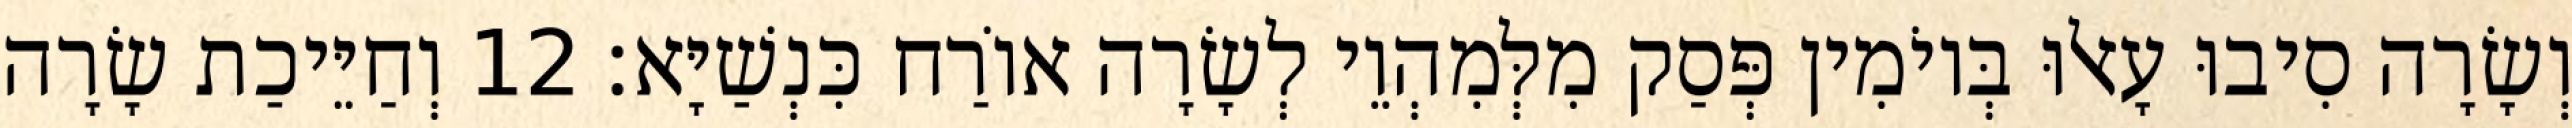
וְשָׂרָה סִיבוּ עָאלוּ בְּיוֹמִין פְּסַק מִלְּמִהְוֵי לְשָׂרָה אוֹרַח כִּנְשַׁיָּא׃ 12 וְחַיֵּיכַת שָׂרָה